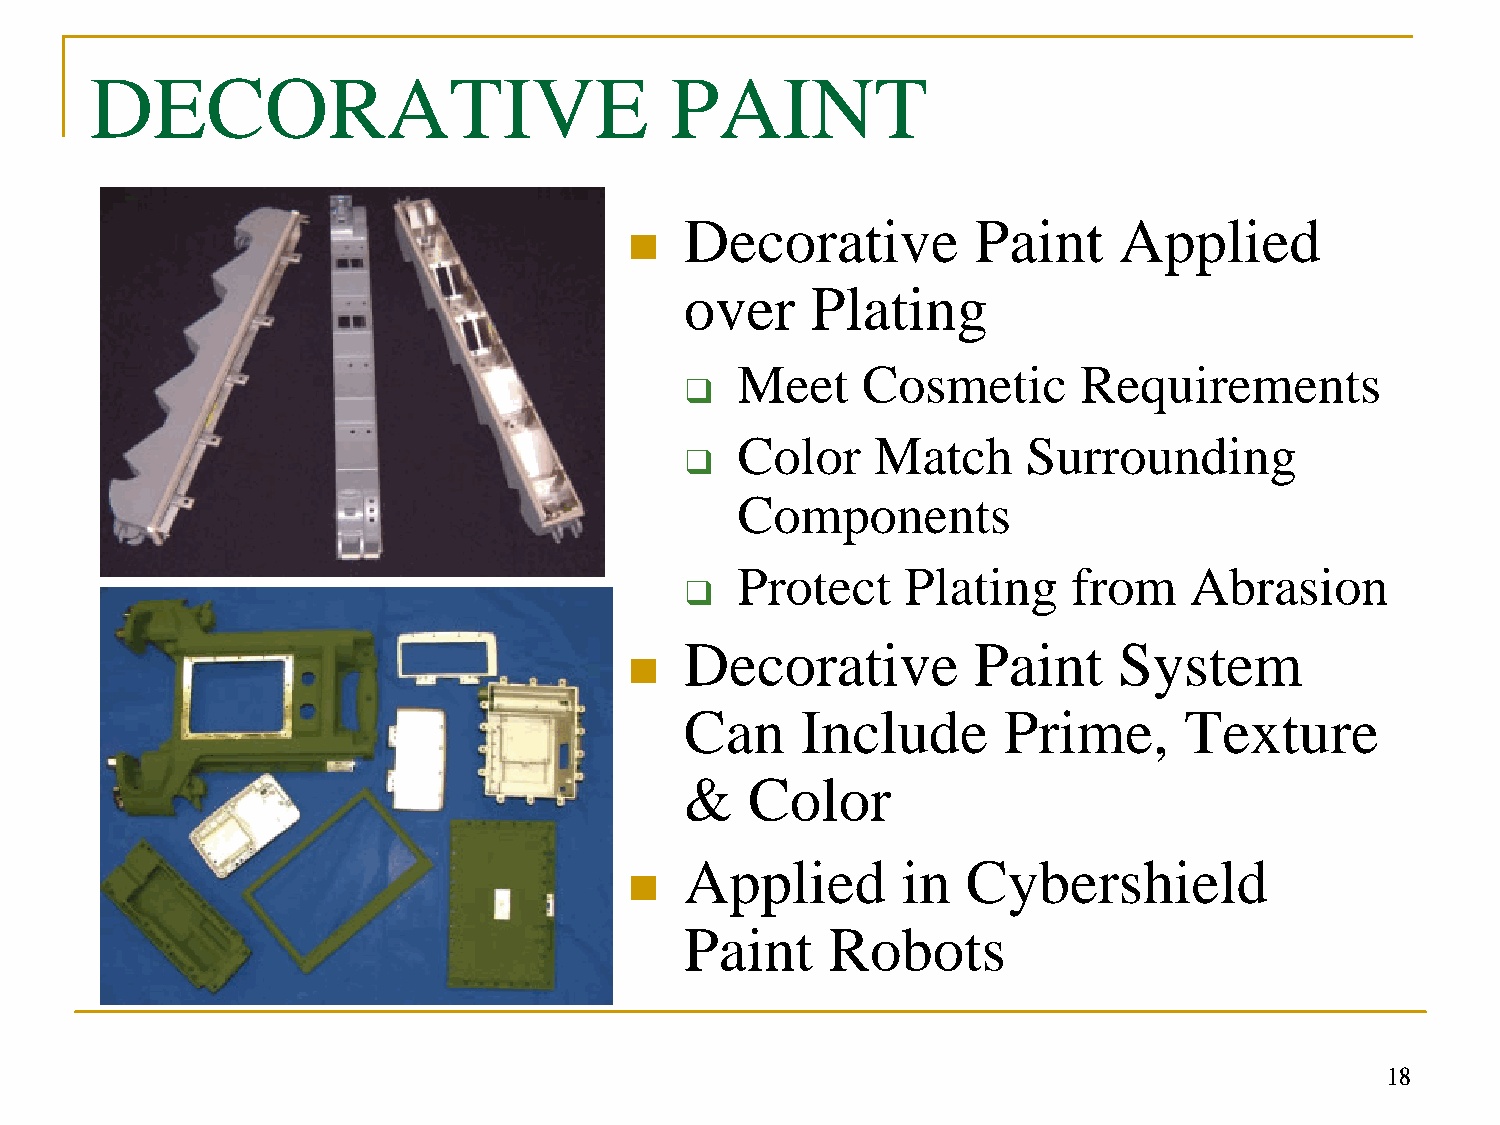
DECORATIVE                            PAINT
 Decorative         Paint     Applied
 n
 over     Plating
 Meet    Cosmetic      Requirements
 q
 Color    Match     Surrounding
 q
 Components
 Protect    Plating    from    Abrasion
 q
 Decorative         Paint     System
 n
 Can     Include      Prime,      Texture
 &    Color
 Applied        in  Cybershield
 n
 Paint     Robots
 18